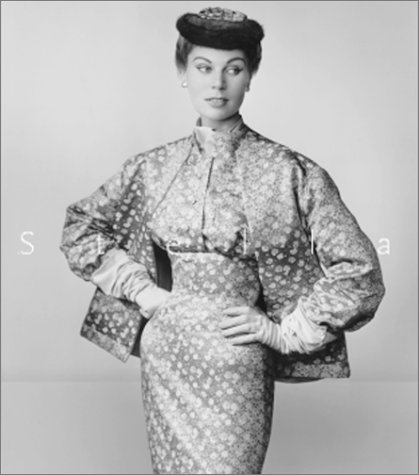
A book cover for Stella; Marc Parent; Arts & Photography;